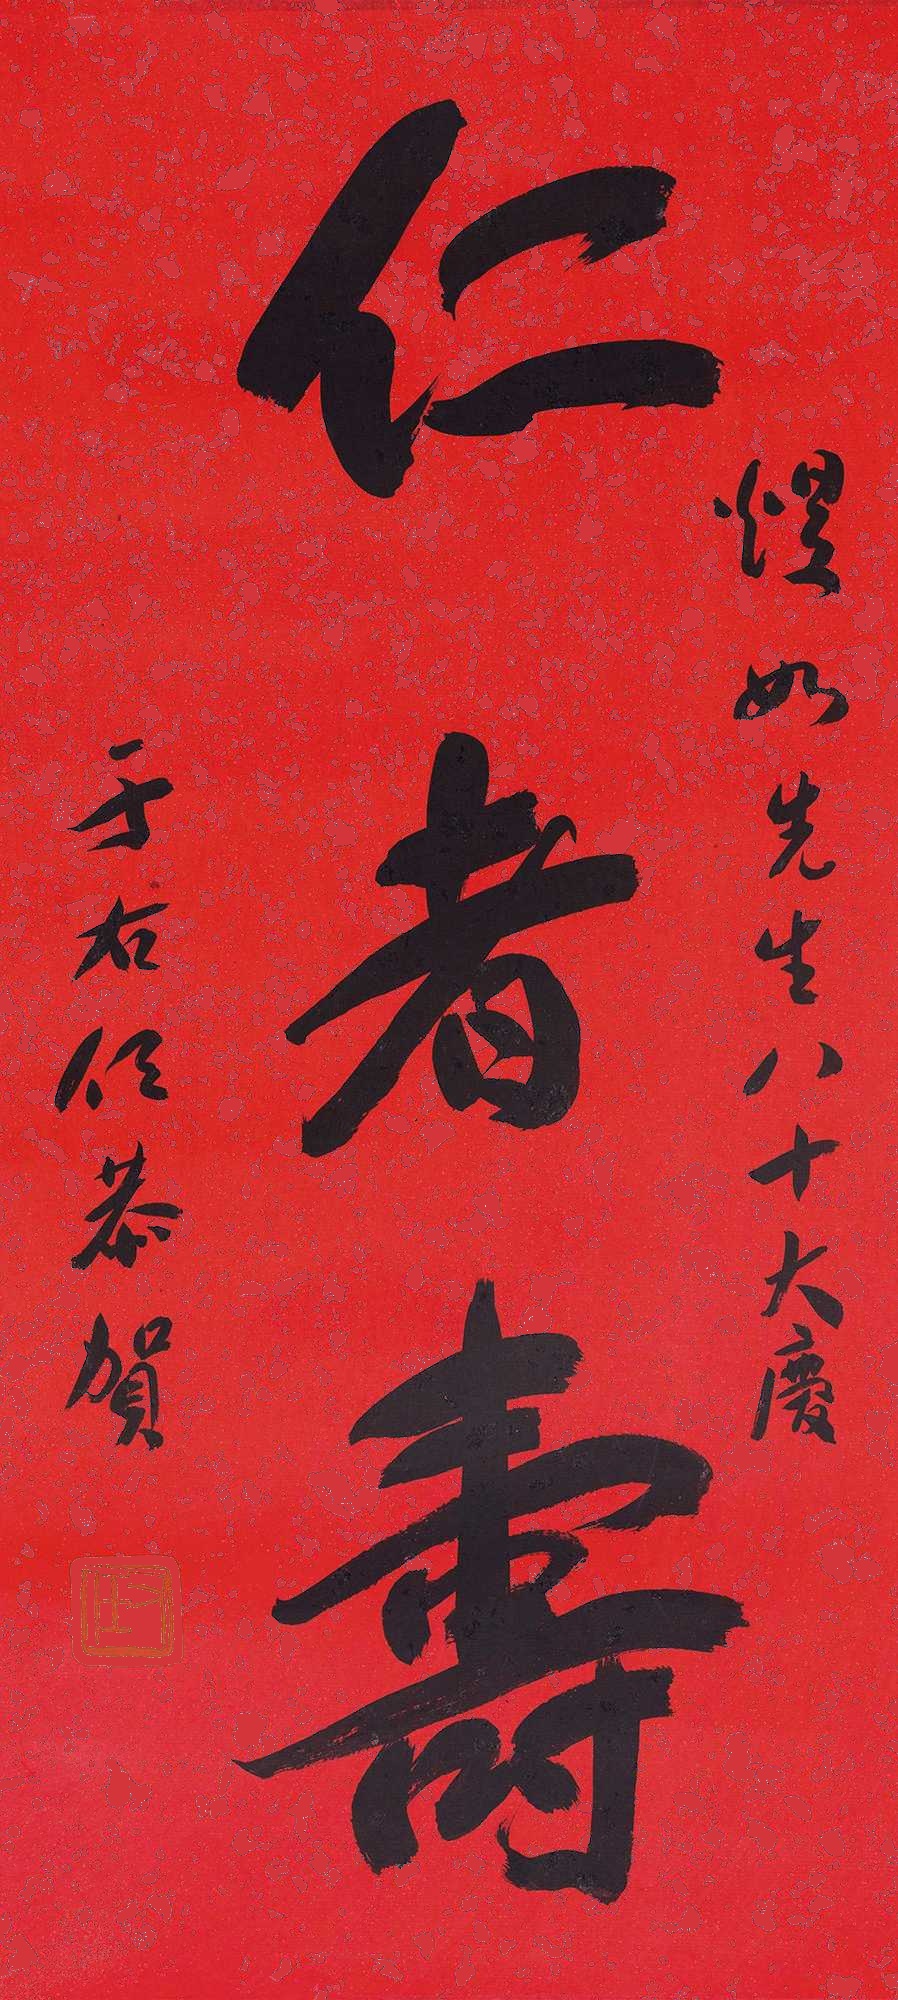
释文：仁者寿。煜如先生八秩大庆，于右任恭贺。